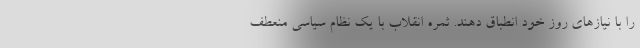
را با نیازهای روز خود انطباق دهند. ثمره انقلاب با یک نظام سیاسی منعطف